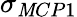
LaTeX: \sigma_{\mathit MCP1}